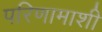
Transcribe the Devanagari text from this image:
परिणामाशी